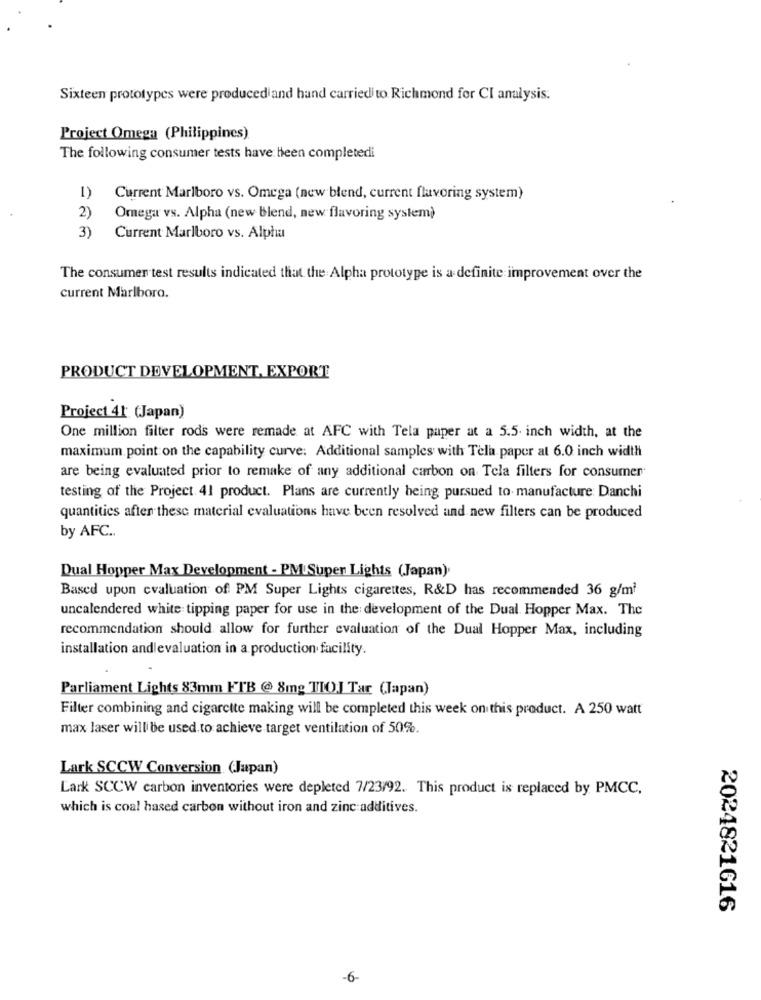
Sixteen prototypes were producediand hand carriedito Richmond for CI analysis.
Project Omega (Philippines)
The following consumer tests have been completedi
1)
Current Marlboro vs. Omega (new blend, current flavoring system)
2)
Omega vs. Alpha (new Blend, new flavoring system)
3)
Current Marlboro vs. Alpha
The consumer test results indicated that the Alpha prototype is a definite improvement over the
current Marlboro.
PRODUCT DEVELOPMENT, EXPORT
Project 41 (Japan)
One million filter rods were remade at AFC with Tela paper at a 5.5 inch width, at the
maximum point on the capability curve: Additional samples with Tela paper at 6.0 inch width
are being evaluated prior to remake of any additional carbon on Tela filters for consumer
testing of the Project. 41 product. Plans are currently being pursued to manufacture Danchi
quantities after thesc material evaluations have been resolved and new filters can be produced
by AFC ..
Dual Hopper Max Development - PM Super Lights (Japan).
Based upon cvaluation of PM Super Lights cigarettes, R&D has recommended 36 g/m?
uncalendered white tipping paper for use in the development of the Dual Hopper Max. The
recommendation should allow for further evaluation of the Dual Hopper Max, including
installation and evaluation in a production facility.
Parliament Lights 83mm FTB @ 8mg TIO] Tar (Japan)
Filter combining and cigarette making will be completed this week on this product. A 250 watt
max laser will be used to achieve target ventilation of 50%.
Lark SCCW Conversion (Japan)
Lark SCCW carbon inventories were depleted 7/23/92. This product is replaced by PMCC.
which is coal hased carbon without iron and zinc additives.
2024821616
-6-